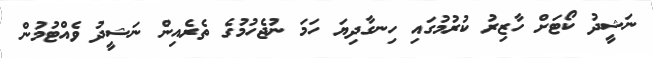
ނަޝީދު ކޯޓަށް ހާޒިރު ކުރުމުގައި ހިނގާދިޔަ ހަމަ ނުޖެހުމުގެ ތެރެއިން ނަޝީދު ވެއްޓުމުން